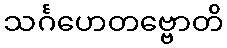
သင်္ဂဟေတဗ္ဗောတိ